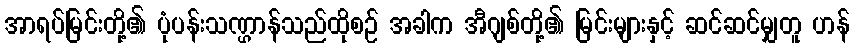
အာရပ်မြင်းတို့၏ ပုံပန်းသဏ္ဌာန်သည်ထိုစဉ် အခါက အီဂျစ်တို့၏ မြင်းများနှင့် ဆင်ဆင်မျှတူ ဟန်